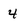
Character: 4